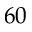
6 0